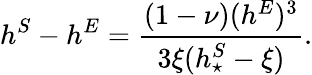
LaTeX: h^{S}-h^{E}=\displaystyle\frac{(1-\nu)(h^{E})^{3}}{3\xi(h_{\star}^{S}-\xi)}.